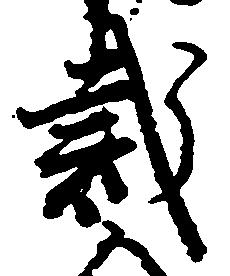
裁